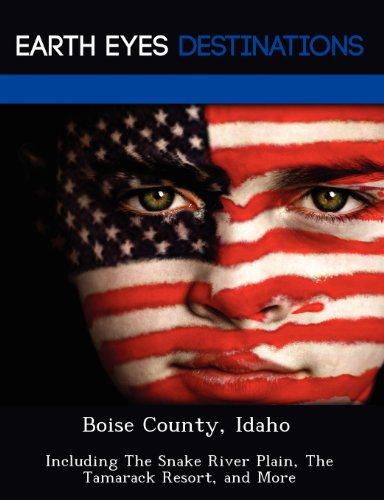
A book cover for Boise County, Idaho: Including The Snake River Plain, The Tamarack Resort, and More; Renee Browning; Travel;